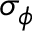
\sigma _ { \phi }